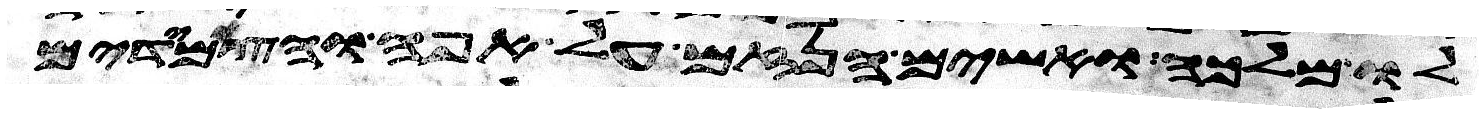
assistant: לו מלכה ואשים הנזם על אפה והצמידים